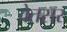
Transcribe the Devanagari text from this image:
वेतसर